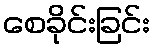
စေခိုင်းခြင်း